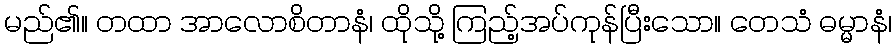
မည်၏။ တထာ အာလောစိတာနံ၊ ထိုသို့ ကြည့်အပ်ကုန်ပြီးသော။ တေသံ ဓမ္မာနံ၊